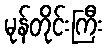
မုန်တိုင်းကြီး